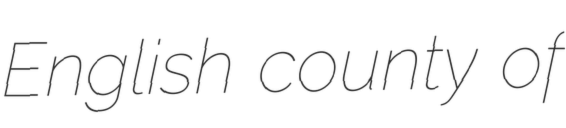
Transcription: English county of